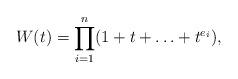
LaTeX: \begin{align*}W(t) = \prod_{i=1}^n(1 + t + \ldots + t^{e_i}),\end{align*}